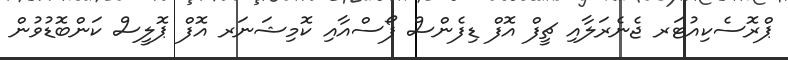
ޕްރޮސެކިއުޓަރ ޖެނެރަލާއި ޗީފް އޮފް ޑިފެންސް ފޯސްއާއި ކޮމިޝަނަރ އޮފް ޕޮލީސް ކަންބޮޑުވުން